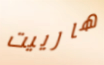
هارييت